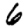
Digit: 6